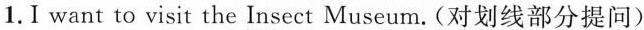
1.I want to visit the \underline{Insect} Museum.(对划线部分提问)